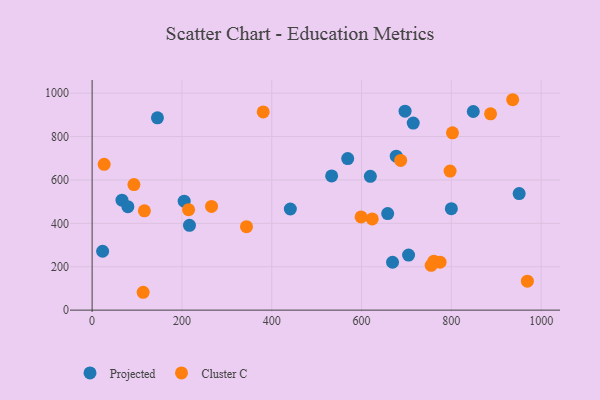
{"axis": {"x": "Investment", "y": "Sales"}, "legend": ["Cluster C", "Projected"], "data": [{"x": "715.1", "y": 862.2, "type": "Projected"}, {"x": "951.0", "y": 537.2, "type": "Projected"}, {"x": "848.8", "y": 915.6, "type": "Projected"}, {"x": "677.3", "y": 709.6, "type": "Projected"}, {"x": "216.8", "y": 390.8, "type": "Projected"}, {"x": "800.0", "y": 467.7, "type": "Projected"}, {"x": "619.6", "y": 616.8, "type": "Projected"}, {"x": "66.5", "y": 506.8, "type": "Projected"}, {"x": "696.9", "y": 917.2, "type": "Projected"}, {"x": "533.4", "y": 618.4, "type": "Projected"}, {"x": "145.5", "y": 886.4, "type": "Projected"}, {"x": "658.2", "y": 445.2, "type": "Projected"}, {"x": "704.7", "y": 253.6, "type": "Projected"}, {"x": "441.4", "y": 466.1, "type": "Projected"}, {"x": "23.4", "y": 271.5, "type": "Projected"}, {"x": "205.0", "y": 502.2, "type": "Projected"}, {"x": "669.0", "y": 220.6, "type": "Projected"}, {"x": "569.2", "y": 698.6, "type": "Projected"}, {"x": "79.6", "y": 476.7, "type": "Projected"}, {"x": "26.8", "y": 672.1, "type": "Cluster C"}, {"x": "623.8", "y": 420.4, "type": "Cluster C"}, {"x": "755.1", "y": 206.5, "type": "Cluster C"}, {"x": "797.2", "y": 640.9, "type": "Cluster C"}, {"x": "93.1", "y": 578.5, "type": "Cluster C"}, {"x": "774.9", "y": 221.2, "type": "Cluster C"}, {"x": "761.1", "y": 225.8, "type": "Cluster C"}, {"x": "116.4", "y": 457.5, "type": "Cluster C"}, {"x": "343.8", "y": 384.6, "type": "Cluster C"}, {"x": "802.5", "y": 817.3, "type": "Cluster C"}, {"x": "265.9", "y": 478.2, "type": "Cluster C"}, {"x": "969.3", "y": 133.3, "type": "Cluster C"}, {"x": "687.1", "y": 690.0, "type": "Cluster C"}, {"x": "887.3", "y": 904.7, "type": "Cluster C"}, {"x": "113.7", "y": 82.3, "type": "Cluster C"}, {"x": "936.6", "y": 969.8, "type": "Cluster C"}, {"x": "599.0", "y": 429.5, "type": "Cluster C"}, {"x": "381.0", "y": 913.7, "type": "Cluster C"}, {"x": "214.8", "y": 462.9, "type": "Cluster C"}]}